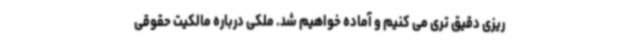
ریزی دقیق تری می کنیم و آماده خواهیم شد. ملکی درباره مالکیت حقوقی